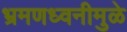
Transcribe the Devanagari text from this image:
भ्रमणध्वनीमुळे